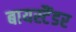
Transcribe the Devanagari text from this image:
बायस्टैंडर